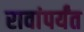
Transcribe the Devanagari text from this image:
रावांपर्यंत